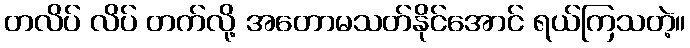
တလိပ် လိပ် တက်လို့ အတောမသတ်နိုင်အောင် ရယ်ကြသတဲ့။